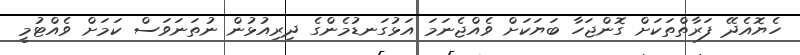
ހެޔޮއެދޭ ފަރާތްތަކަށް ގޮންޖަހާ ބަޔަކަށް ވެއްޖެނަމަ އަޅުގަނޑުމެންގެ ދިރިއުޅުން ނުތަނަވަސް ކަމަށް ވެއްޓުމީ